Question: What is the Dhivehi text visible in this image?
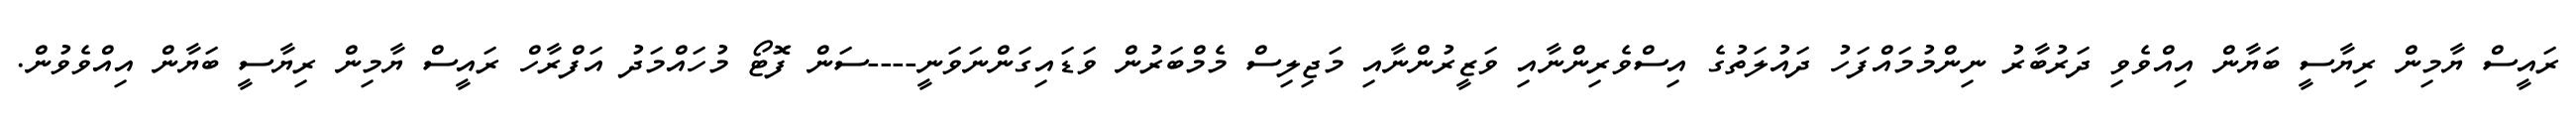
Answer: ރައީސް ޔާމިން ރިޔާސީ ބަޔާން އިއްވެވި ދަރުބާރު ނިންމުމައްފަހު ދައުލަތުގެ އިސްވެރިންނާއި ވަޒީރުންނާއި މަޖިލިސް މެމްބަރުން ވަޑައިގަންނަވަނީ----ސަން ފޮޓޯ މުހައްމަދު އަފްރާހް ރައީސް ޔާމިން ރިޔާސީ ބަޔާން އިއްވެވުން.